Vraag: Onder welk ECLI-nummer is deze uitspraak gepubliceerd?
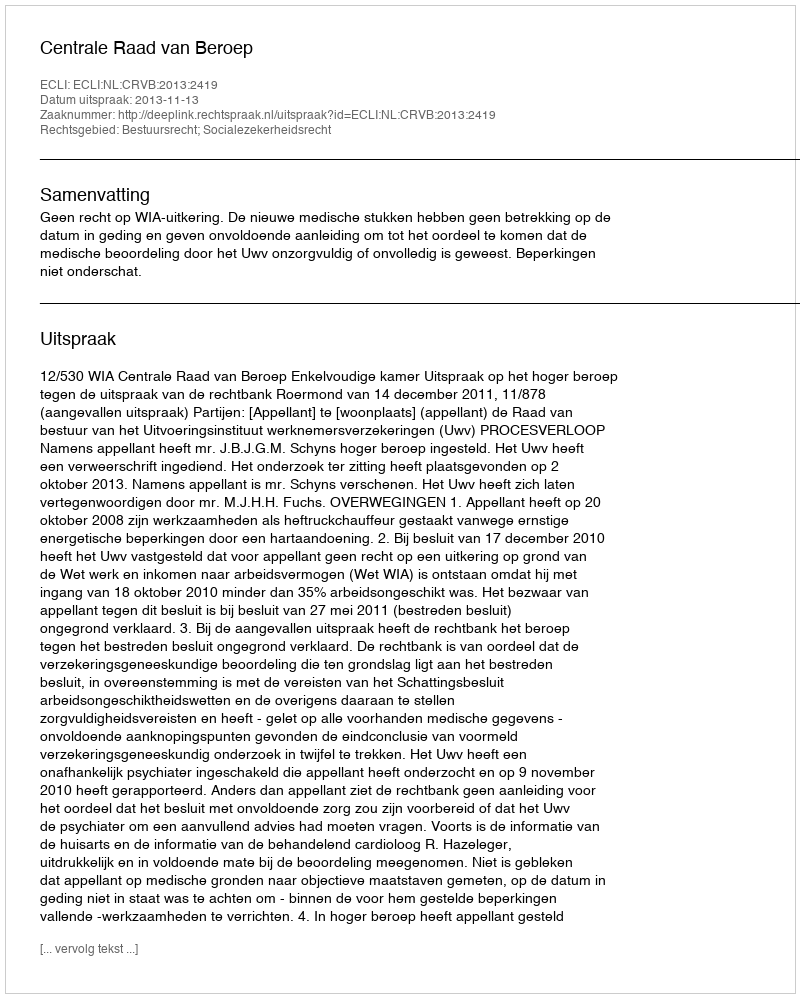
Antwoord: ECLI:NL:CRVB:2013:2419